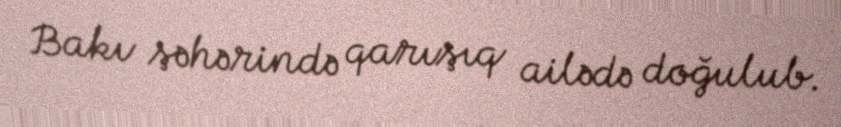
Bakı şəhərində qarışıq ailədə doğulub.